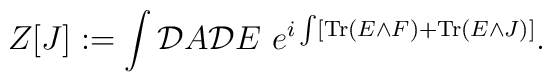
Z[J]:=\int {\cal D}A {\cal D}E \,\,e^{i\int [{\rm Tr}\left( E\wedge F\right) + {\rm Tr}\left( E\wedge J\right) ]}.